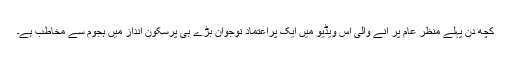
کچھ دن پہلے منظرِ عام پر آنے والی اس ویڈیو میں ایک پُراعتماد نوجوان بڑے ہی پُرسکون انداز میں ہجوم سے مخاطب ہے۔